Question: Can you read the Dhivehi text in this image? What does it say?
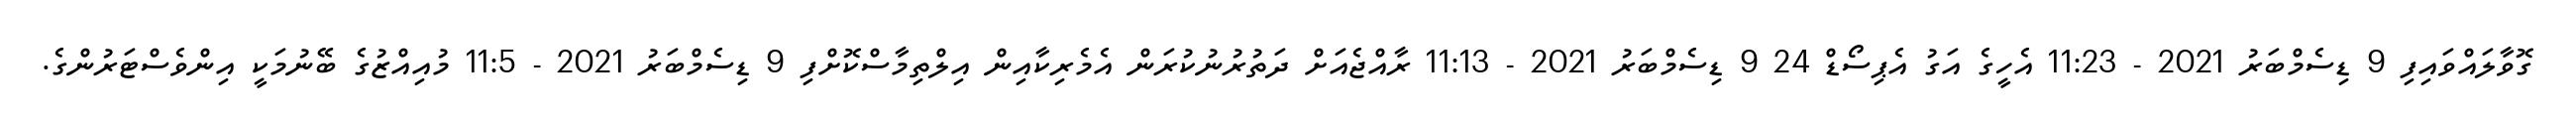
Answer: ގޮވާލައްވައިފި 9 ޑިސެމްބަރު 2021 - 11:23 އެހީގެ އަގު އެޕިސޯޑް 24 9 ޑިސެމްބަރު 2021 - 11:13 ރާއްޖެއަށް ދަތުރުނުކުރަން އެމެރިކާއިން އިލްތިމާސްކޮށްފި 9 ޑިސެމްބަރު 2021 - 11:5 މުއިއްޒުގެ ބޭނުމަކީ އިންވެސްޓަރުންގެ.